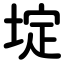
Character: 埞